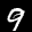
Label: 9